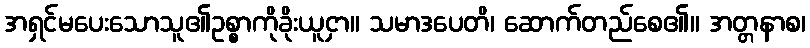
အရှင်မပေးသောသူ၏ဥစ္စာကိုခိုးယူငှာ။ သမာဒပေတိ၊ ဆောက်တည်စေ၏။ အတ္တနာစ၊